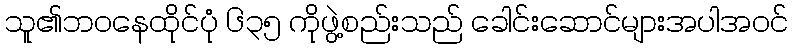
သူ၏ဘဝနေထိုင်ပုံ ၆၃၅ ကိုဖွဲ့စည်းသည် ခေါင်းဆောင်များအပါအဝင်